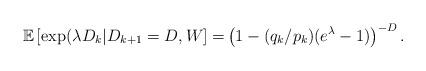
LaTeX: \begin{align*}\mathbb{E}\left[\exp(\lambda D_k\middle| D_{k+1}=D,W\right]=&\left(1 -(q_{k}/p_{k})(e^\lambda -1)\right)^{-D}.\end{align*}